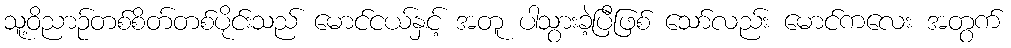
သူ့ဝိညာဉ်တစ်စိတ်တစ်ပိုင်းသည် မောင်ငယ်နှင့် အတူ ပါသွားခဲ့ပြီဖြစ် သော်လည်း မောင်ကလေး အတွက်